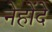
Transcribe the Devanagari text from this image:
नेहोंदे